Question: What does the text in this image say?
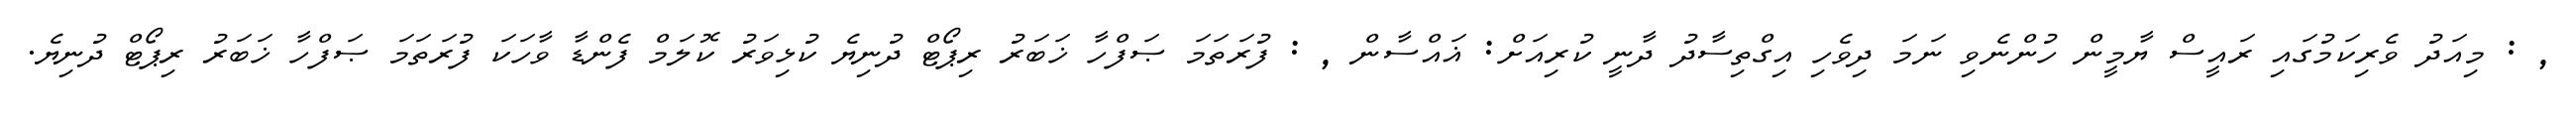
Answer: , : މިއަދު ވެރިކަމުގައި ރައީސް ޔާމީން ހުންނެވި ނަމަ ދިވެހި އިގްތިސާދު ދާނީ ކުރިއަށް: ޣައްސާން , : ފުރަތަމަ ޞަފްހާ ޚަބަރު ރިޕޯޓް ދުނިޔެ ކުޅިވަރު ކޮލަމް ފެންޑާ ވާހަކަ ފުރަތަމަ ޞަފްހާ ޚަބަރު ރިޕޯޓް ދުނިޔެ.